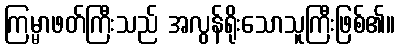
ကြမ္မာဖတ်ကြီးသည် အလွန်ရိုးသောသူကြီးဖြစ်၏။